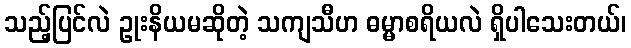
သည့်ပြင်လဲ ဥုးနိယမဆိုတဲ့ သကျသီဟ ဓမ္မာစရိယလဲ ရှိပါသေးတယ်၊